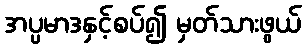
အပ္ပမာဒနှင့်စပ်၍ မှတ်သားဖွယ်